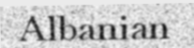
Albanian